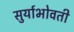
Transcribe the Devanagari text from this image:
सुर्याभोवती